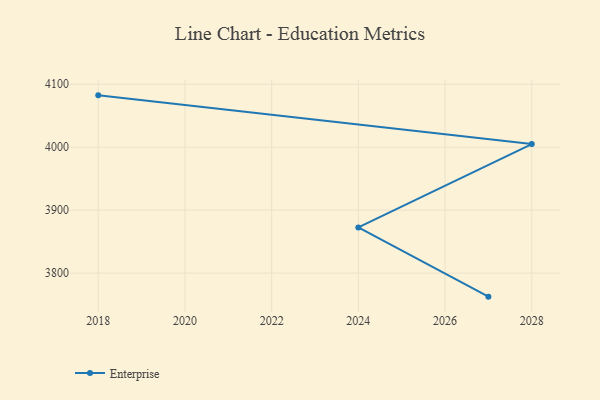
{"axis": {"x": "Year", "y": "Temperature (°C)"}, "legend": ["Enterprise"], "data": [{"x": "2018", "y": 4082.4, "type": "Enterprise"}, {"x": "2028", "y": 4005.0, "type": "Enterprise"}, {"x": "2024", "y": 3872.6, "type": "Enterprise"}, {"x": "2027", "y": 3762.6, "type": "Enterprise"}]}